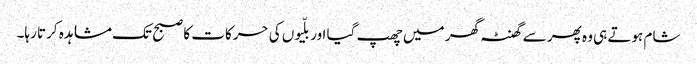
شام ہوتے ہی وہ پھر سے گھنٹہ گھر میں چھپ گیا اور بلّیوں کی حرکات کا صبح تک مشاہدہ کرتا رہا۔